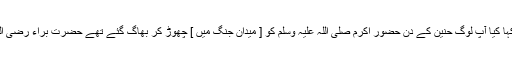
٭ حضرت براء بن عازب رضی اللہ عنہ سے قیس قبیلے کے ایک شخص نے کہا کیا آپ لوگ حنین کے دن حضور اکرم صلی اللہ علیہ وسلم کو [ میدان جنگ میں ] چھوڑ کر بھاگ گئے تھے حضرت براء رضی اللہ عنہ نے فرمایا حضور اکرم صلی اللہ علیہ وسلم نے فرار اختیار نہیں فرمایا ۔